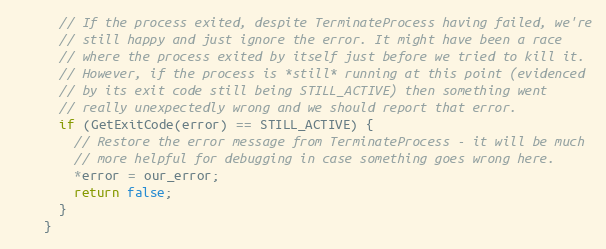
Language: C++
      // If the process exited, despite TerminateProcess having failed, we're
      // still happy and just ignore the error. It might have been a race
      // where the process exited by itself just before we tried to kill it.
      // However, if the process is *still* running at this point (evidenced
      // by its exit code still being STILL_ACTIVE) then something went
      // really unexpectedly wrong and we should report that error.
      if (GetExitCode(error) == STILL_ACTIVE) {
        // Restore the error message from TerminateProcess - it will be much
        // more helpful for debugging in case something goes wrong here.
        *error = our_error;
        return false;
      }
    }